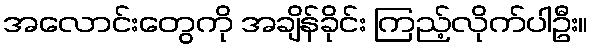
အလောင်းတွေကို အချိန်ခိုင်း ကြည့်လိုက်ပါဦး။